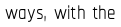
ways, with the